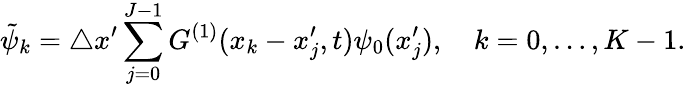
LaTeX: \tilde{\psi}_{k}=\triangle x^{\prime}\sum_{j=0}^{J-1}G^{(1)}(x_{k}-x_{j}^{\prime},t)\psi_{0}(x_{j}^{\prime}),\quad k=0,\dots,K-1.